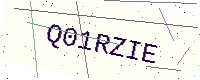
Text: Q01RZIE